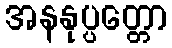
အနနုပ္ပတ္တော